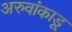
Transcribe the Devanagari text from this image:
अरुवांकाडू